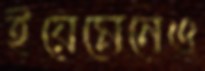
ইয়েমেনেও